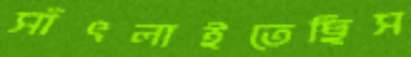
সাঁৎলাইতেছিস